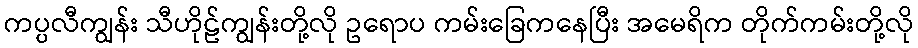
ကပ္ပလီကျွန်း သီဟိုဠ်ကျွန်းတို့လို ဥရောပ ကမ်းခြေကနေပြီး အမေရိက တိုက်ကမ်းတို့လို